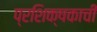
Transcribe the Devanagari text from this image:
प्रशिक्षकाची